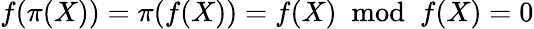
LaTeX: f(\pi(X))=\pi(f(X))=f(X)\ {\bmod{\ }}f(X)=0